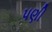
પણી